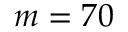
m = 7 0